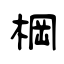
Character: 棡